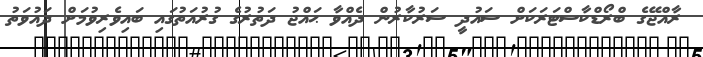
ރާއްޖޭގެ ބްރޯޑްކާސްޓަރަކަށް ސައުދީ ސަރުކާރުން ދެއްވާ ޙައްޖު ދަތުރުގެ ގުރުއަތުގައި ބައިވެރިވުމަށް ދައުވަތު